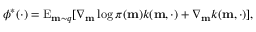
\phi ^ { \ast } ( \cdot ) = \mathrm { E } _ { \mathbf { m } \sim q } [ \nabla _ { \mathbf { m } } \log \pi ( \mathbf { m } ) k ( \mathbf { m } , \cdot ) + \nabla _ { \mathbf { m } } k ( \mathbf { m } , \cdot ) ] ,